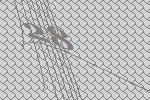
28